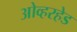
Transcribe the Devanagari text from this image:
ओव्हरहेड